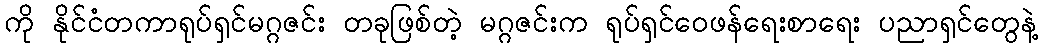
ကို နိုင်ငံတကာရုပ်ရှင်မဂ္ဂဇင်း တခုဖြစ်တဲ့ မဂ္ဂဇင်းက ရုပ်ရှင်ဝေဖန်ရေးစာရေး ပညာရှင်တွေနဲ့